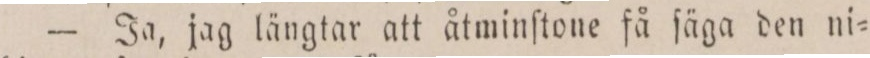
— Ja, jag längtar att åtminſtone få ſäga den ni=